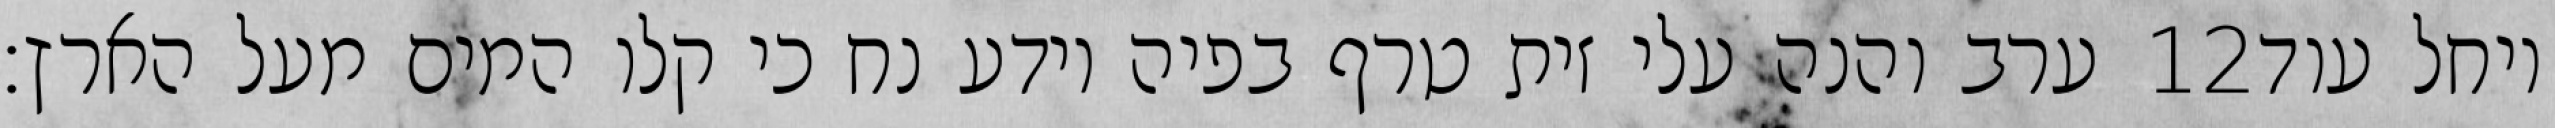
ערב והנה עלי זית טרף בפיה וידע נח כי קלו המים מעל הארץ׃ ‎12‏ ויחל עוד